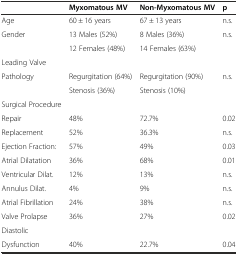
<table><thead><tr><td></td><td><b>Myxomatous MV</b></td><td><b>Non-Myxomatous MV</b></td><td><b>p</b></td></tr></thead><tbody><tr><td>Age</td><td>60 ± 16 years</td><td>67 ± 13 years</td><td>n.s.</td></tr><tr><td>Gender</td><td>13 Males (52%)</td><td>8 Males (36%)</td><td>n.s.</td></tr><tr><td></td><td>12 Females (48%)</td><td>14 Females (63%)</td><td></td></tr><tr><td>Leading Valve</td><td></td><td></td><td></td></tr><tr><td>Pathology</td><td>Regurgitation (64%)</td><td>Regurgitation (90%)</td><td>n.s.</td></tr><tr><td></td><td>Stenosis (36%)</td><td>Stenosis (10%)</td><td></td></tr><tr><td>Surgical Procedure</td><td></td><td></td><td></td></tr><tr><td>Repair</td><td>48%</td><td>72.7%</td><td>0.02</td></tr><tr><td>Replacement</td><td>52%</td><td>36.3%</td><td>n.s.</td></tr><tr><td>Ejection Fraction:</td><td>57%</td><td>49%</td><td>0.03</td></tr><tr><td>Atrial Dilatation</td><td>36%</td><td>68%</td><td>0.01</td></tr><tr><td>Ventricular Dilat.</td><td>12%</td><td>13%</td><td>n.s.</td></tr><tr><td>Annulus Dilat.</td><td>4%</td><td>9%</td><td>n.s.</td></tr><tr><td>Atrial Fibrillation</td><td>24%</td><td>38%</td><td>n.s.</td></tr><tr><td>Valve Prolapse</td><td>36%</td><td>27%</td><td>0.02</td></tr><tr><td>Diastolic</td><td></td><td></td><td></td></tr><tr><td>Dysfunction</td><td>40%</td><td>22.7%</td><td>0.04</td></tr></tbody></table>